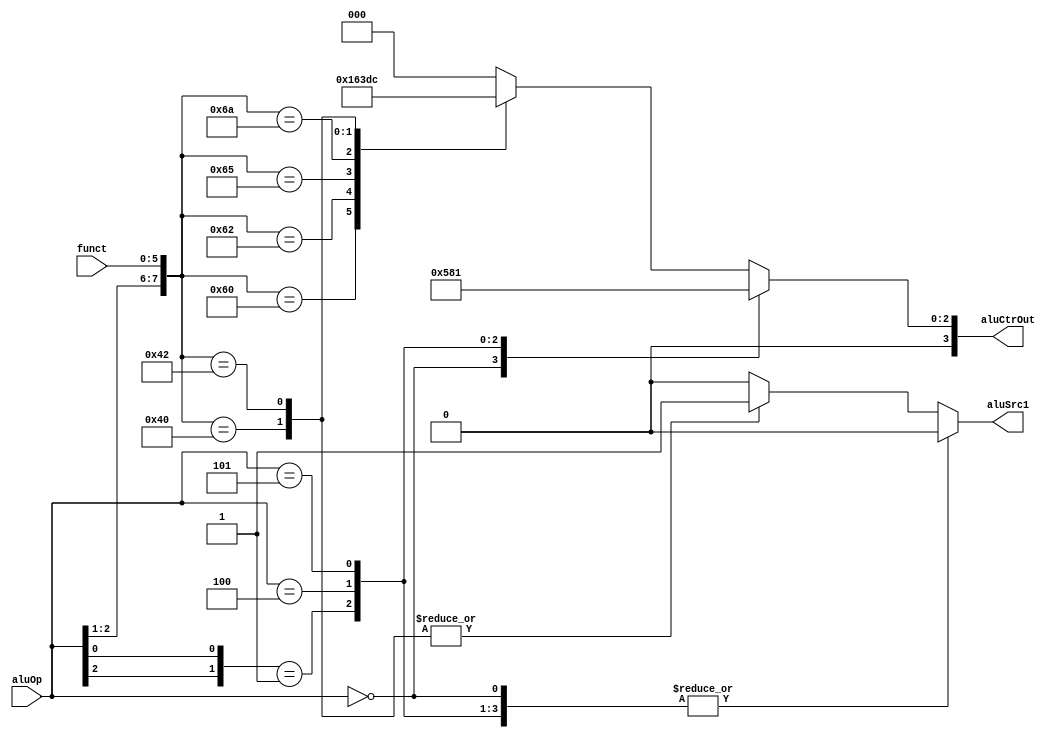
`timescale 1ns / 1ps
//////////////////////////////////////////////////////////////////////////////////
// Company: 
// Engineer: 
// 
// Design Name: 
// Module Name: ALUCtr
// Project Name: 
// Target Devices: 
// Tool Versions: 
// Description: 
// 
// Dependencies: 
// 
// Revision:
// Revision 0.01 - File Created
// Additional Comments:
// 
//////////////////////////////////////////////////////////////////////////////////


module ALUCtr(
    input [5:0] funct,
    input [2:0] aluOp,
    output reg aluSrc1,
    output reg [3:0] aluCtrOut
    );
    // aluOp: 000 = add, 001 = sub, 010 = funct
    //        100 = and, 101 = or, 110 = ?
    always @(aluOp or funct) begin
        casex ({aluOp, funct})
        9'b000xxxxxx: begin aluCtrOut = 4'b0010; aluSrc1 = 0; end
        9'b0x1xxxxxx: begin aluCtrOut = 4'b0110; aluSrc1 = 0; end
        9'b100xxxxxx: begin aluCtrOut = 4'b0000; aluSrc1 = 0; end
        9'b101xxxxxx: begin aluCtrOut = 4'b0001; aluSrc1 = 0; end

        9'b01x100000: begin aluCtrOut = 4'b0010; aluSrc1 = 0; end
        9'b01x100010: begin aluCtrOut = 4'b0110; aluSrc1 = 0; end
        9'b01x100100: begin aluCtrOut = 4'b0000; aluSrc1 = 0; end
        9'b01x100101: begin aluCtrOut = 4'b0001; aluSrc1 = 0; end
        9'b01x101010: begin aluCtrOut = 4'b0111; aluSrc1 = 0; end
        9'b01x000000: begin aluCtrOut = 4'b0011; aluSrc1 = 1; end // sll
        9'b01x000010: begin aluCtrOut = 4'b0100; aluSrc1 = 1; end // srl

        default: begin aluCtrOut = 4'b0; aluSrc1 = 0; end
        endcase
    end

endmodule